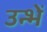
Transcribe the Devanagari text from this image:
उन्भें